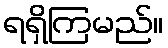
ရရှိကြမည်။